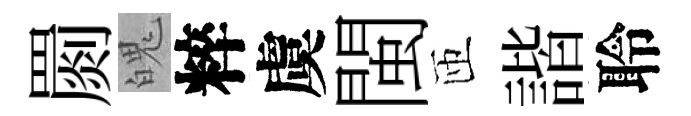
罽魄粹虞閩匝諧聆